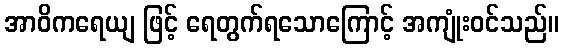
အာဝိကရေယျ ဖြင့် ရေတွက်ရသောကြောင့် အကျုံးဝင်သည်။